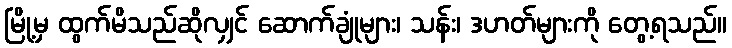
မြို့မှ ထွက်မိသည်ဆိုလျှင် ဆောက်ချုံများ၊ သန်း၊ ဒဟတ်များကို တွေ့ရသည်။